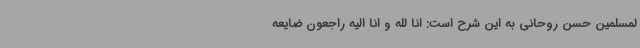
لمسلمین حسن روحانی به این شرح است: انا لله و انا الیه راجعون ضایعه